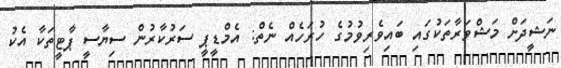
ނަޝީދަށް މަޝްވަރާތަކުގައި ބައިވެރިވުމުގެ ހުރަހެއް ނެތް: އެމްޑީޕީ ސަރުކާރުން ސިޔާސީ ޕާޓީތަކާ އެކު